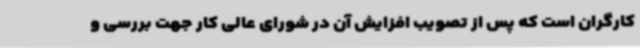
کارگران است که پس از تصویب افزایش آن در شورای عالی کار جهت بررسی و